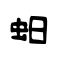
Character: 蚎